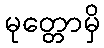
မုတ္တောမှိ